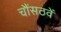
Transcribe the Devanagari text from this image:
चौंसठवें